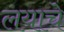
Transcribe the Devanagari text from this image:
लयाचे